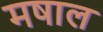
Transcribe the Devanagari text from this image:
मषाल